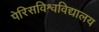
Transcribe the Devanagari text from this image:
पेरिसविश्वविद्यालय